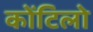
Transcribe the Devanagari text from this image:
कोंटिलो